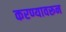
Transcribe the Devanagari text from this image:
करण्यावरून